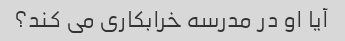
آیا او در مدرسه خرابکاری می کند؟